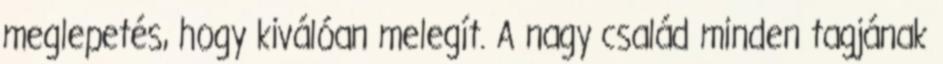
meglepetés, hogy kiválóan melegít. A nagy család minden tagjának